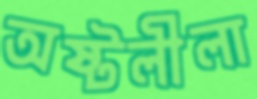
অষ্টলীলা